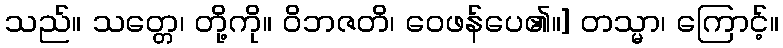
သည်။ သတ္တေ၊ တို့ကို။ ဝိဘဇတိ၊ ဝေဖန်ပေ၏။] တသ္မာ၊ ကြောင့်။